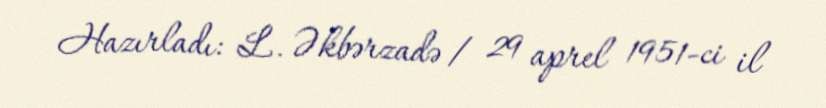
Hazırladı: L. Əkbərzadə / 29 aprel 1951-ci il